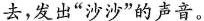
去，发出”沙沙”的声音。